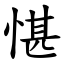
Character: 愖